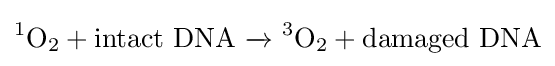
\mathrm {{}^{1}O_{2}+intact\ DNA\ {\xrightarrow {}}\ {}^{3}O_{2}+damaged\ DNA}